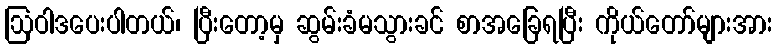
ဩဝါဒပေးပါတယ်၊ ပြီးတော့မှ ဆွမ်းခံမသွားခင် စာအခြေရပြီး ကိုယ်တော်များအား